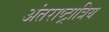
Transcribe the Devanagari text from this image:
अंतराष्ट्रात्रिय